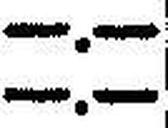
—.—